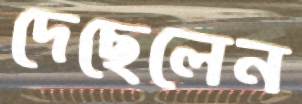
দেছেলেন